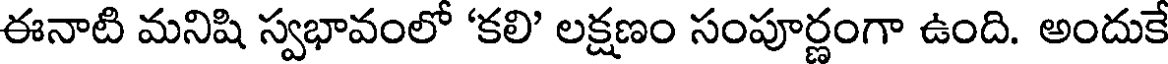
ఈనాటి మనిషి స్వభావంలో 'కలి' లక్షణం సంపూర్ణంగా ఉంది. అందుకే